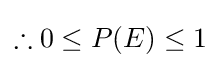
\therefore 0\leq P(E)\leq 1